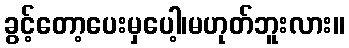
ခွင့်တော့ပေးမှပေါ့၊မဟုတ်ဘူးလား။